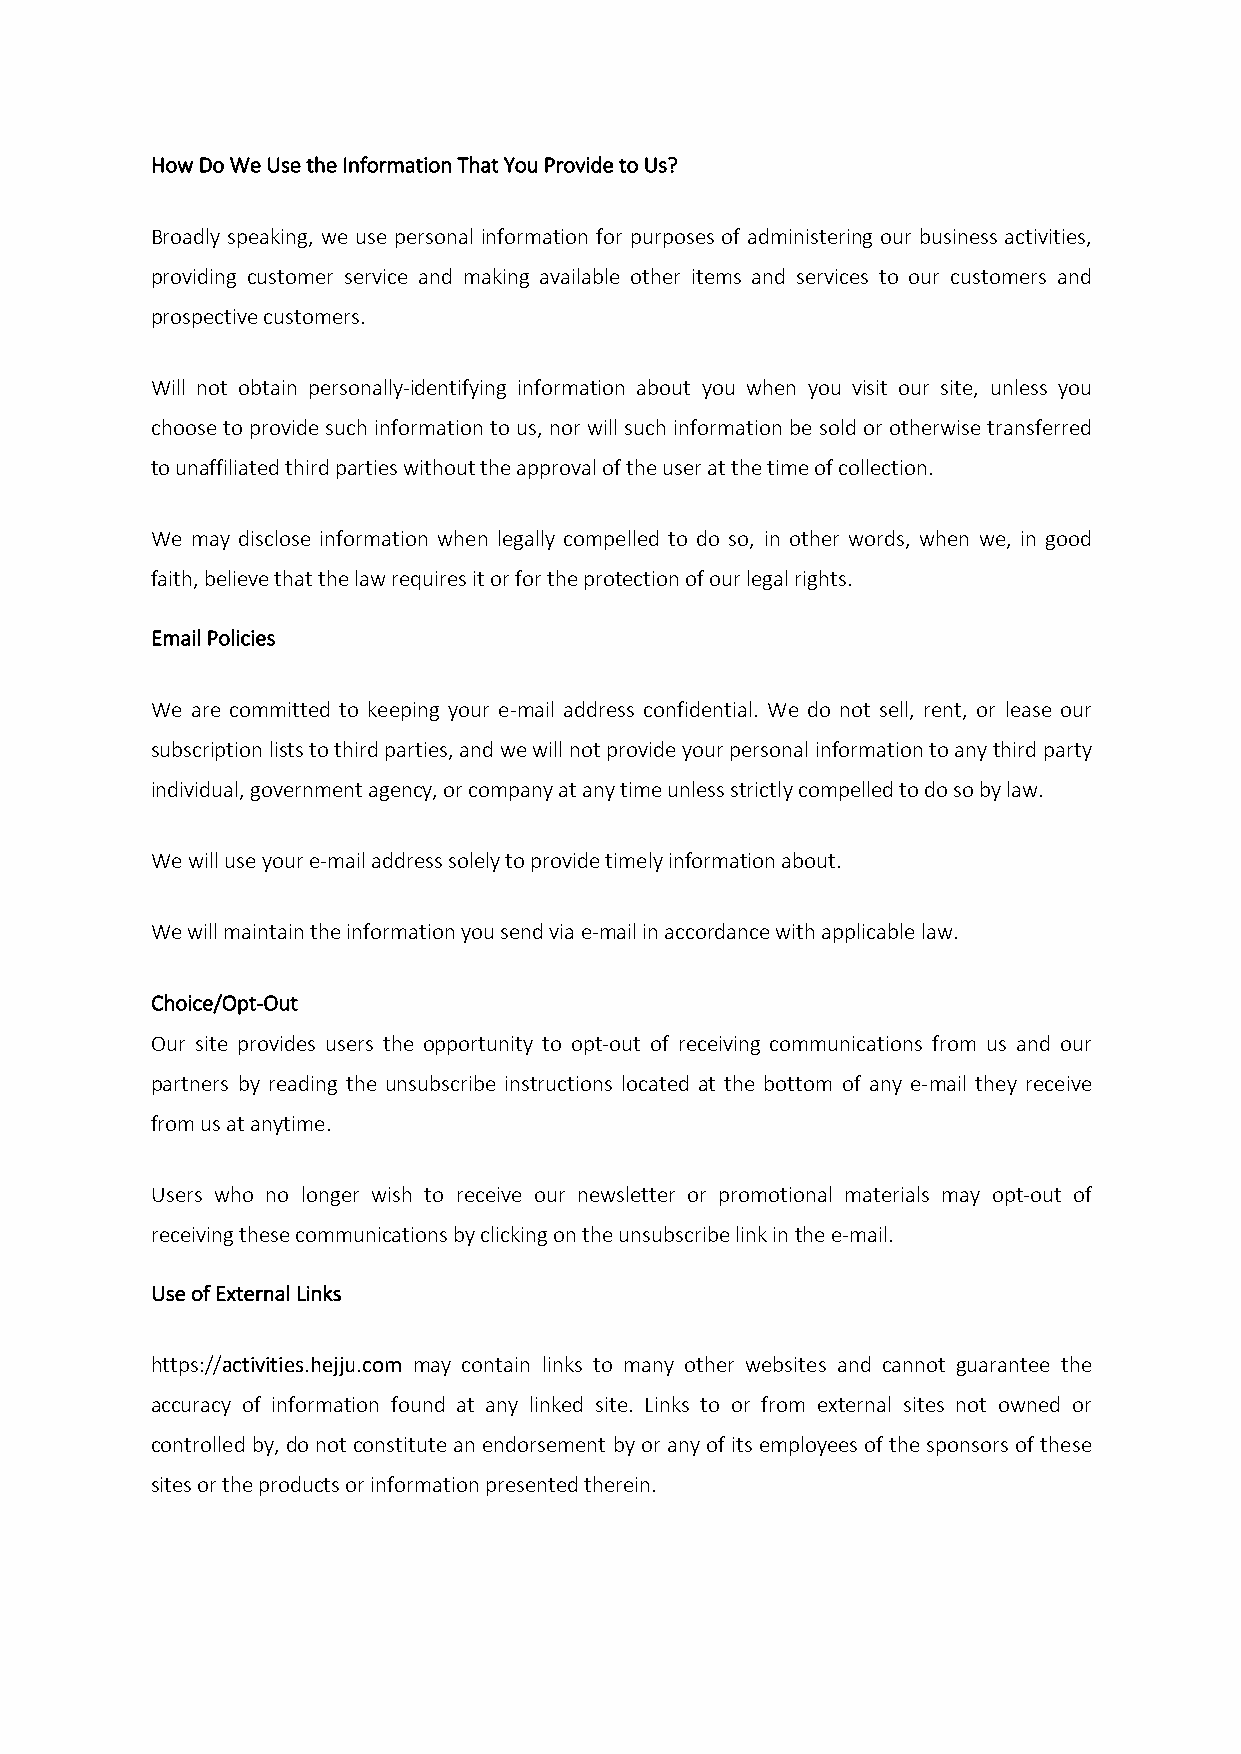
How Do We Use the Information That You Provide to Us?
 Broadly speaking, we use personal information for purposes of administering our business activities,
 providing customer service and making available other items and services to our customers and
 prospective customers.
 Will not obtain personally-identifying information about you when you visit our site, unless you
 choose to provide such information to us, nor will such information be sold or otherwise transferred
 to unaffiliated third parties without the approval of the user at the time of collection.
 We may disclose information when legally compelled to do so, in other words, when we, in good
 faith, believe that the law requires it or for the protection of our legal rights.
 Email Policies
 We are committed to keeping your e-mail address confidential. We do not sell, rent, or lease our
 subscription lists to third parties, and we will not provide your personal information to any third party
 individual, government agency, or company at any time unless strictly compelled to do so by law.
 We will use your e-mail address solely to provide timely information about.
 We will maintain the information you send via e-mail in accordance with applicable law.
 Choice/Opt-Out
 Our site provides users the opportunity to opt-out of receiving communications from us and our
 partners by reading the unsubscribe instructions located at the bottom of any e-mail they receive
 from us at anytime.
 Users who no longer wish to receive our newsletter or promotional materials may opt-out of
 receiving these communications by clicking on the unsubscribe link in the e-mail.
 Use of External Links
 https://activities.hejju.com may contain links to many other websites and cannot guarantee the
 accuracy of information found at any linked site. Links to or from external sites not owned or
 controlled by, do not constitute an endorsement by or any of its employees of the sponsors of these
 sites or the products or information presented therein.